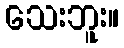
သေးဘူး။